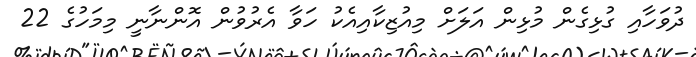
ދުވަހާއި ގުޅިގެން މުޅިން އަލަށް މިއުޒިކާއިއެކު ހަވާ އެރުވުން އޮންނާނީ މިމަހުގެ 22